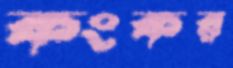
কংকর